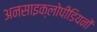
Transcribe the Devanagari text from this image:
अनसाइक्लोपीडियनों